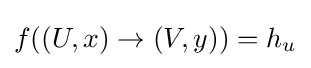
f((U,x)\to (V,y))=h_{u}